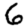
Digit: 6